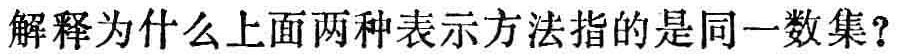
解释为什么上面两种表示方法指的是同一数集?